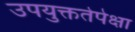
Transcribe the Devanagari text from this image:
उपयुक्ततेपेक्षा